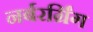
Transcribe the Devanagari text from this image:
नर्बरर्ग्रिंग